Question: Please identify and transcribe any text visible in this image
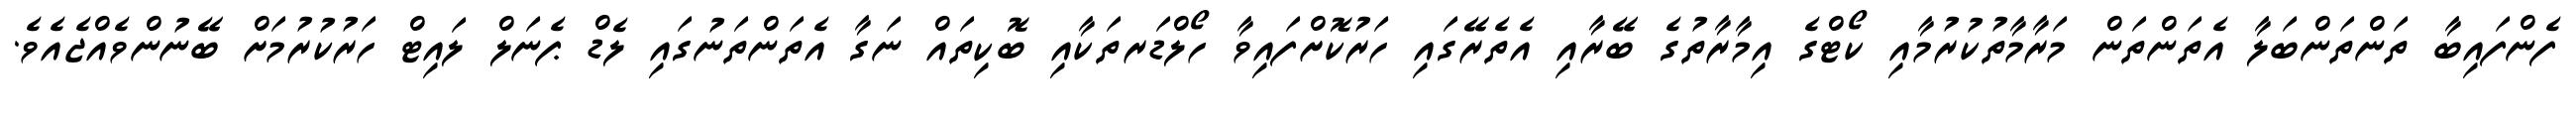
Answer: ފެންފައިބާ ތަންތަންބަލާ އެތަންތަން މަރާމާތުކުރުމާއި ކޯޓްގެ އިމާރާތުގެ ބޭރާއި އެތެރޭގައި ހަރުކޮށްފައިވާ ހޯލްޑަރތަކާއި ބޮކިތައް ނަގާ އެތަންތަނުގައި ލެޑް ޕެނަލް ލައިޓް ހަރުކުރުމަށް ބޭނުންވެއްޖެއެވެ.